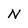
Character: N